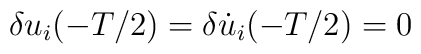
\delta u_i(-T/2) = \delta \dot u_i(-T/2) = 0